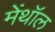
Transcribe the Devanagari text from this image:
मेंथॉल